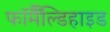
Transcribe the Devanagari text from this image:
फॉर्मैंल्डिहाइड